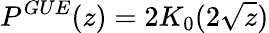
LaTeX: P^{GUE}(z)=2K_{0}(2\sqrt{z})